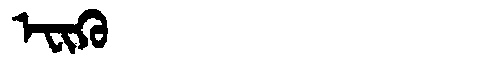
Manchu: ᡝᠸᡳᡴᡠ
Romanization: EFIKU